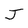
Character: J